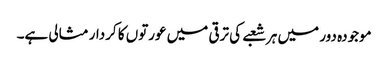
موجودہ دور میں ہر شعبے کی ترقی میں عورتوں کا کردار مثالی ہے۔